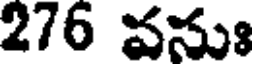
276 వనుః